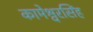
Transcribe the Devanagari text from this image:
कामेश्वरसिंह